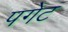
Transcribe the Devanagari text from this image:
पगेट